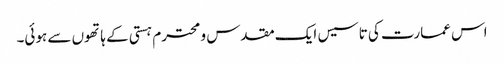
اس عمارت کی تاسیس ایک مقدس و محترم ہستی کے ہاتھوں سے ہوئی۔